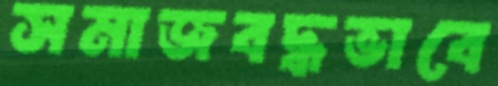
সমাজবদ্ধভাবে